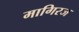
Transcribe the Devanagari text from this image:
मागिरज